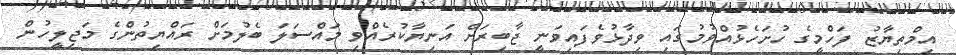
އިމްތިޔާޒު ފަހްމީގެ ހުށަހެޅުއްވުމުގައި ވިދާޅުވެފައިވަނީ ޖާބިރަށް އަނިޔާކުރެއްވި މައްސަލަ ބެލުމަށް ރައްޔިތުންގެ މަޖިލީހުން